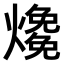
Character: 𤑑